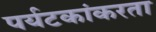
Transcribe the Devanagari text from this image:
पर्यटकांकरता